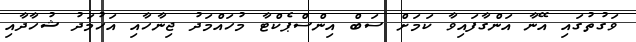
ވަގުތުގައި އޭނާ އަންގާފައިވާ ކަމަށް ސަބް އިންސްޕެކްޓާ މުހައްމަދު ޖިނާހާއި އަހުމަދު ޝުހާދާއި